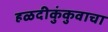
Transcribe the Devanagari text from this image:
हळदीकुंकुवाचा